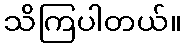
သိကြပါတယ်။